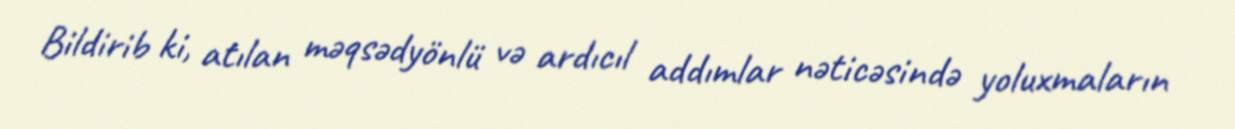
Bildirib ki, atılan məqsədyönlü və ardıcıl addımlar nəticəsində yoluxmaların